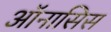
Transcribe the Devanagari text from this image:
ऑनासिस